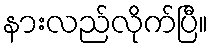
နားလည်လိုက်ပြီ။